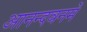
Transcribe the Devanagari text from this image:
आनन्दवनमें